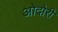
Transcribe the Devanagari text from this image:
ओदोरी